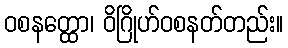
ဝစနတ္ထော၊ ဝိဂြိုဟ်ဝစနတ်တည်း။